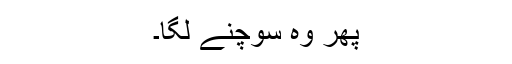
پھر وہ سوچنے لگا۔